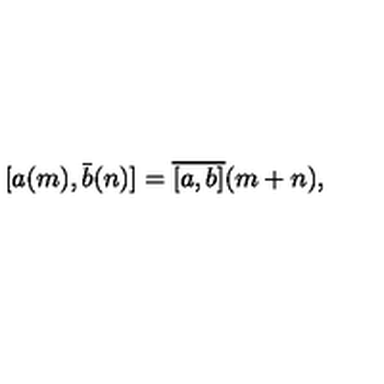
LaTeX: [ a ( m ) , \bar { b } ( n ) ] = \overline { { [ a , b ] } } ( m + n ) ,